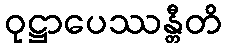
ဝုဋ္ဌာပေဿန္တီတိ